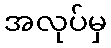
အလုပ်မှ